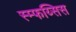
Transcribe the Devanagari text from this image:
स्म्फय्सिस